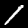
Label: 1